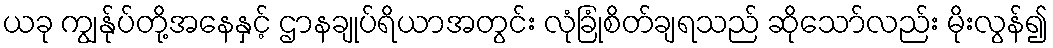
ယခု ကျွန်ုပ်တို့အနေနှင့် ဌာနချုပ်ရိယာအတွင်း လုံခြုံစိတ်ချရသည် ဆိုသော်လည်း မိုးလွန်၍